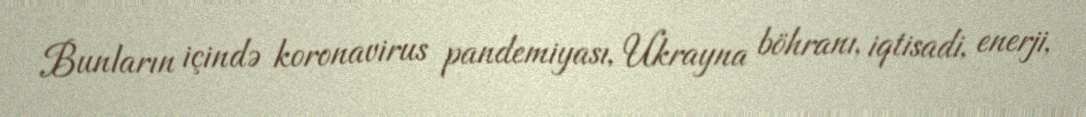
Bunların içində koronavirus pandemiyası, Ukrayna böhranı, iqtisadi, enerji,